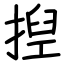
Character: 揑